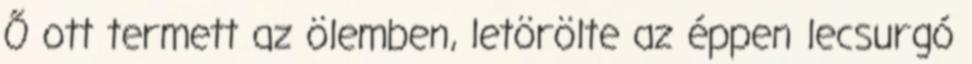
Ő ott termett az ölemben, letörölte az éppen lecsurgó